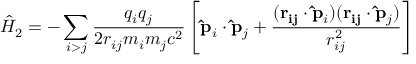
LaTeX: { \hat { H } } _ { 2 } = - \sum _ { i > j } { \frac { q _ { i } q _ { j } } { 2 r _ { i j } m _ { i } m _ { j } c ^ { 2 } } } \left[ \mathbf { \hat { p } } _ { i } \cdot \mathbf { \hat { p } } _ { j } + { \frac { ( \mathbf { r _ { i j } } \cdot \mathbf { \hat { p } } _ { i } ) ( \mathbf { r _ { i j } } \cdot \mathbf { \hat { p } } _ { j } ) } { r _ { i j } ^ { 2 } } } \right]